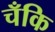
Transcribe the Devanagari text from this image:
चँकि